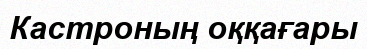
Кастроның оққағары